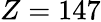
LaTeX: Z=147